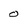
Character: 0